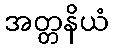
အတ္တနိယံ